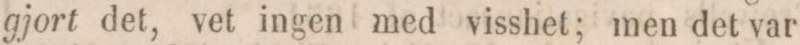
gjort det, vet ingen med visshet; men det var